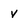
Character: v